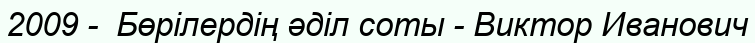
2009 -  Бөрілердің әділ соты - Виктор Иванович